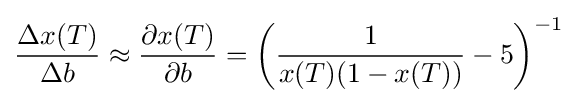
{\frac {\Delta x(T)}{\Delta b}}\approx {\frac {\partial x(T)}{\partial b}}=\left({\frac {1}{x(T)(1-x(T))}}-5\right)^{-1}